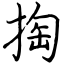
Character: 掏